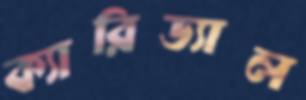
ক্যারিড্যাল